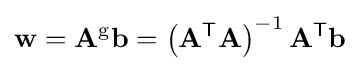
\mathbf {w} =\mathbf {A} ^{\mathrm {g} }\mathbf {b} =\left(\mathbf {A} ^{\mathsf {T}}\mathbf {A} \right)^{-1}\mathbf {A} ^{\mathsf {T}}\mathbf {b}